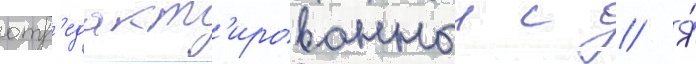
отр'едакт'ированныи с // Я́